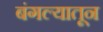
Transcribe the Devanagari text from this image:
बंगल्यातून